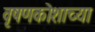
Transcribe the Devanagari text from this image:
वृषणकोशाच्या